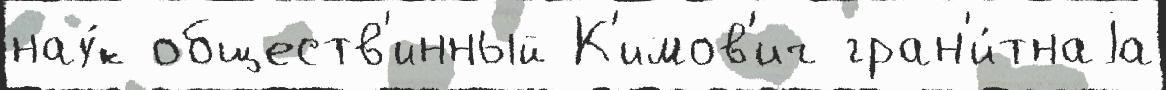
нау́к обществ'инный К'имов'ич гран'и́тнаjа